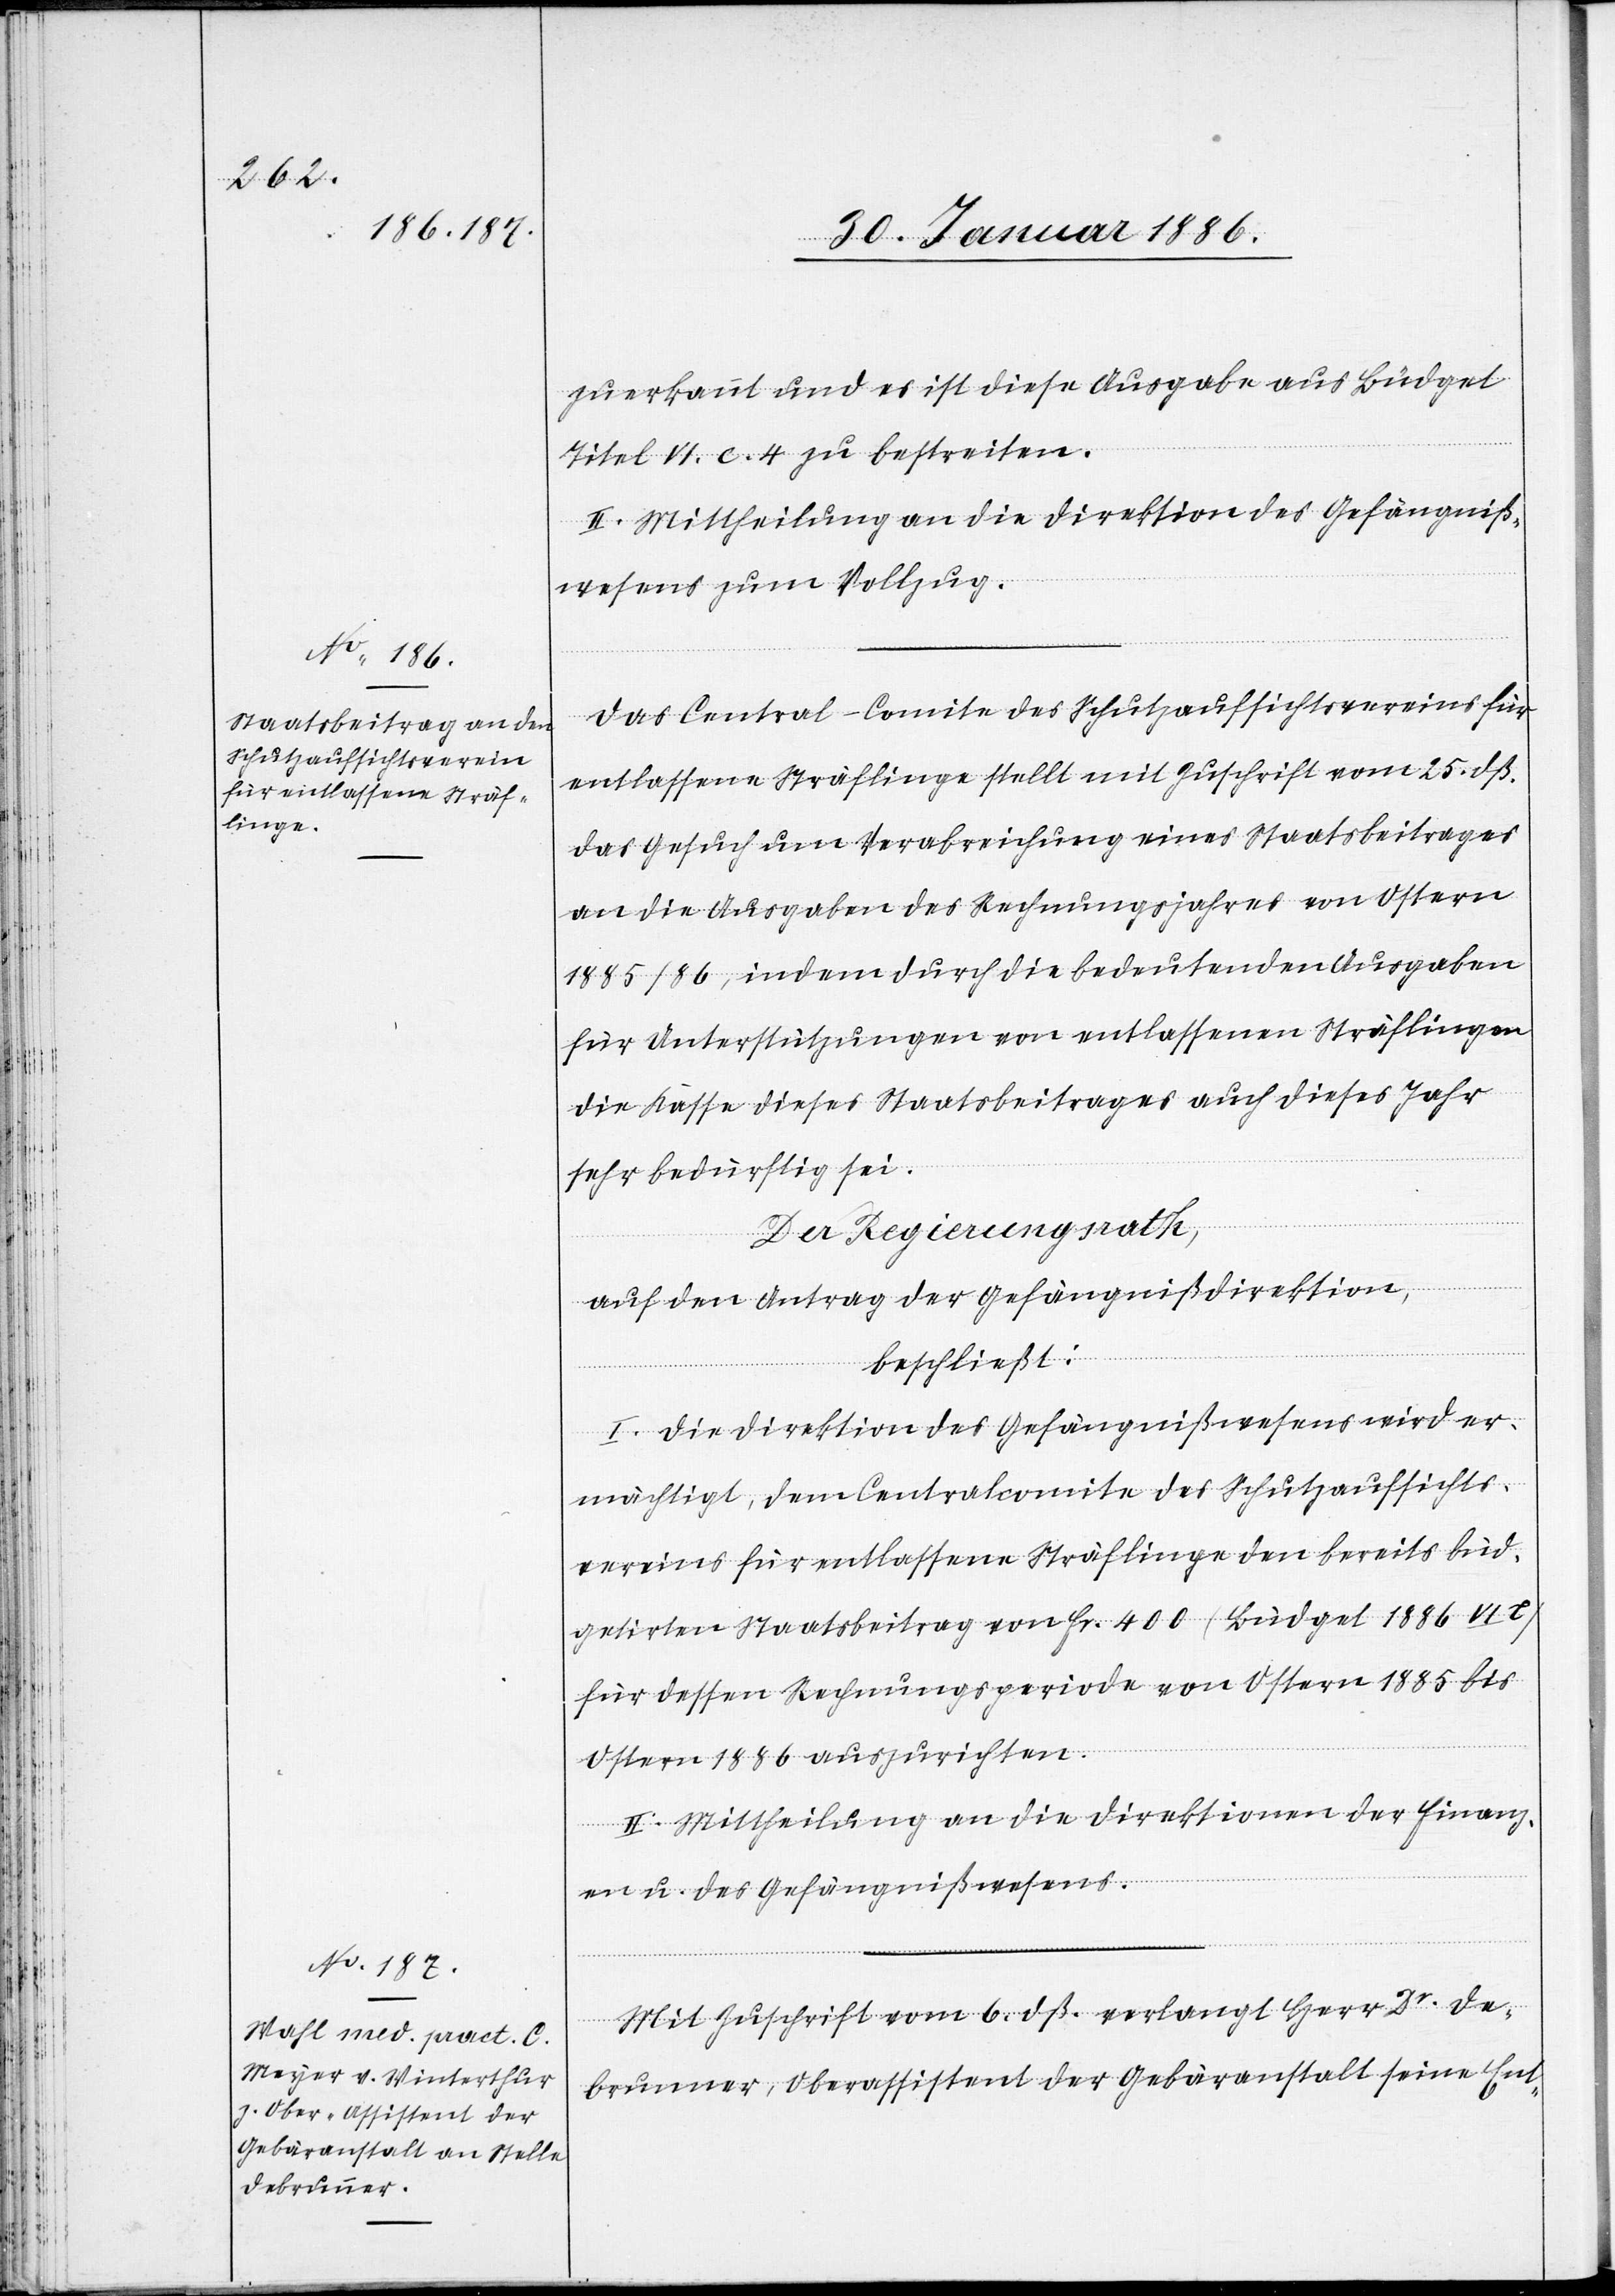
zuerkannt und es ist diese Ausgabe aus Budget
Titel VI. c. 4 zu bestreiten.
II. Mittheilung an die Direktion des Gefängniß¬
wesens zum Vollzug.
Das Central-Comite des Schutzaufsichtsvereins für
entlassene Sträflinge stellt mit Zuschrift vom 25. dß.
das Gesuch um Verabreichung eines Staatsbeitrages
an die Ausgaben des Rechnungsjahres von Ostern
1885/86, indem durch die bedeutenden Ausgaben
für Unterstützungen von entlassenen Sträflingen
die Kasse dieses Staatsbeitrages auch dieses Jahr
sehr bedürftig sei.
Der Regierungsrath,
auf den Antrag der Gefängnißdirektion,
beschließt:
I. Die Direktion des Gefängnißwesens wird er¬
mächtigt, dem Centralkomite des Schutzaufsichts¬
vereins für entlassene Sträflinge den bereits bud¬
getirten Staatsbeitrag von Fr. 400 (Budget 1886 VI e)
für dessen Rechnungsperiode von Ostern 1885 bis
Ostern 1886 auszuwirken.
II. Mittheilung an die Direktion der Finanz¬
en u. des Gefängnißwesens.
Mit Zuschrift vom 6. dß. verlangt Herr Dr. De¬
brunner, Oberassistent der Gebäranstalt seine Ent-